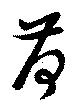
荷